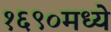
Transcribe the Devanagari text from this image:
१६९०मध्ये